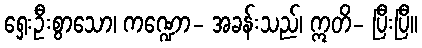
ရှေးဦးစွာသော၊ ကဏ္ဍော- အခန်းသည်၊ ဣတိ- ပြီးပြီ။